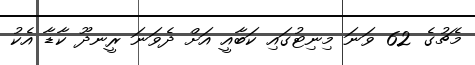
މެޗުގެ 62 ވަނަ މިނިޓުގައި ކަބާއީ އަށް ދެވަނަ ރީނދޫ ކާޑާ އެކު